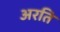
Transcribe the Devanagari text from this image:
अरति